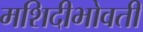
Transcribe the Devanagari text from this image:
मशिदीभोवती